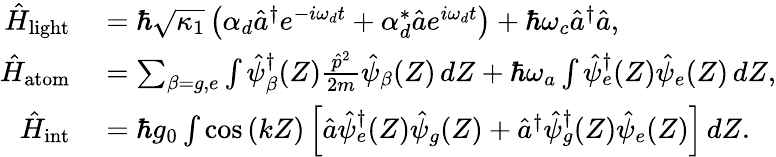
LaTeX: \begin{array}{rl}{\hat{H}_{{\mathrm{light}}}}&{{}=\hbar\sqrt{\kappa_{1}}\left(\alpha_{d}\hat{a}^{\dagger}e^{-i\omega_{d}t}+\alpha_{d}^{*}\hat{a}e^{i\omega_{d}t}\right)+\hbar\omega_{c}\hat{a}^{\dagger}\hat{a},}\\ {\hat{H}_{{\mathrm{atom}}}}&{{}=\sum_{\beta=g,e}\int\hat{\psi}_{\beta}^{\dagger}(Z)\frac{\hat{p}^{2}}{2m}\hat{\psi}_{\beta}(Z)\, dZ+\hbar\omega_{a}\int\hat{\psi}_{e}^{\dagger}(Z)\hat{\psi}_{e}(Z)\, dZ,}\\ {\hat{H}_{{\mathrm{int}}}}&{{}=\hbar g_{0}\int\cos\left(kZ\right)\left[\hat{a}\hat{\psi}_{e}^{\dagger}(Z)\hat{\psi}_{g}(Z)+\hat{a}^{\dagger}\hat{\psi}_{g}^{\dagger}(Z)\hat{\psi}_{e}(Z)\right]\, dZ.}\end{array}